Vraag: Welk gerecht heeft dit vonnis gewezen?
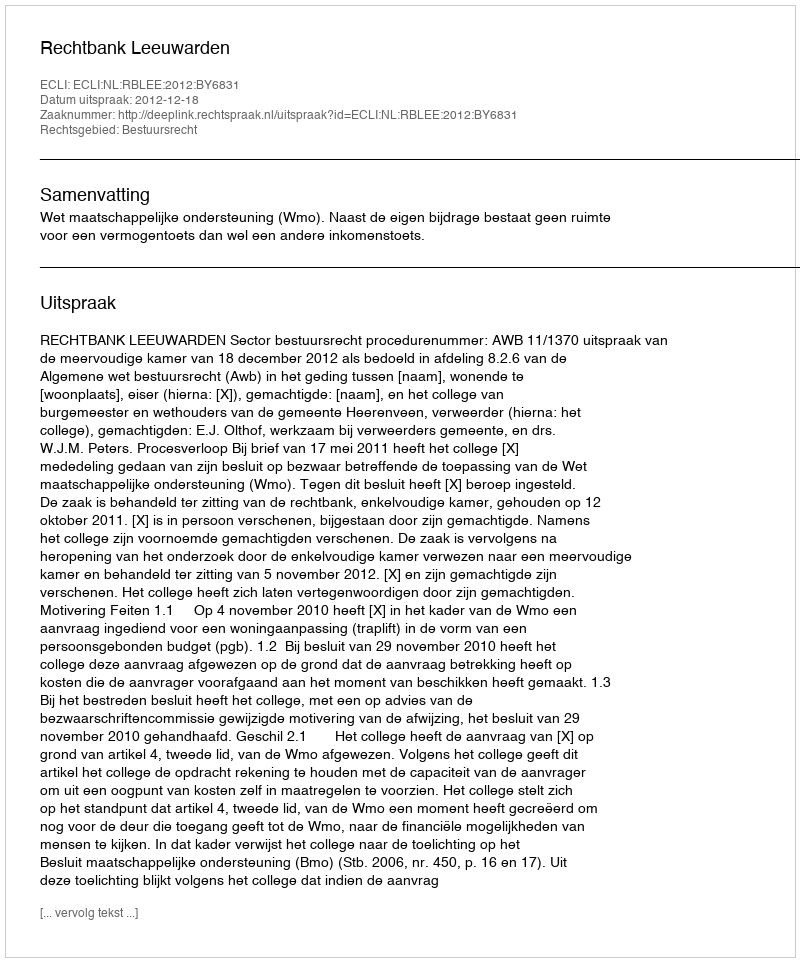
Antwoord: Rechtbank Leeuwarden